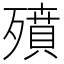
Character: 㱵